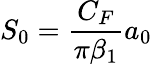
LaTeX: S_{0}=\frac{C_{F}}{\pi\beta_{1}}a_{0}